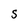
Character: S